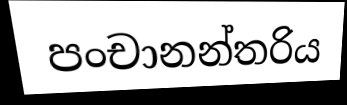
පංචානන්තරිය